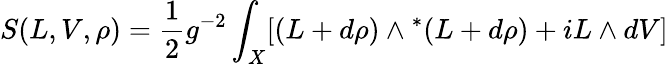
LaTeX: S(L,V,\rho)=\frac{1}{2}g^{-2}\int_{X}[(L+d\rho{})\wedge{}^{*}(L+d\rho{})+iL\wedge{}dV]